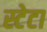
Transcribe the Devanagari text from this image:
स्टेटा